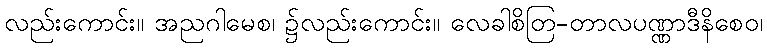
လည်းကောင်း။ အညဂါမေစ၊ ၌လည်းကောင်း။ လေခါစိတြ-တာလပဏ္ဏာဒီနိစေဝ၊